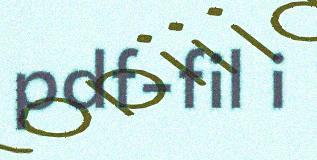
pdf-fil i